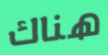
هناك